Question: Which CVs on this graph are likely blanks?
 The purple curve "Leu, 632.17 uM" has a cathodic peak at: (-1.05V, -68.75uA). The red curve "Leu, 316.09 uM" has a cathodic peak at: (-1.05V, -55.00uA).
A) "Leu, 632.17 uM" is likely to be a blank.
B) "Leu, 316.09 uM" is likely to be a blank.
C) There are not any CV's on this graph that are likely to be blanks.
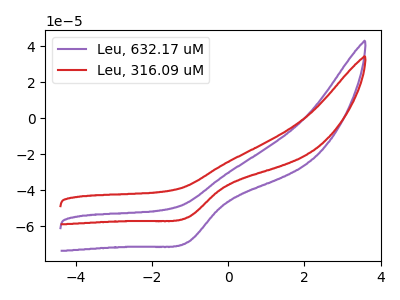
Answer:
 <answer>C) There are not any CV's on this graph that are likely to be blanks.</answer>
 <eval>C</eval>